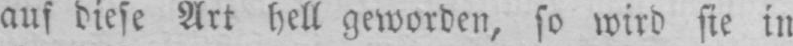
auf diese Art hell geworden, so wird sie in